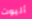
أليوت